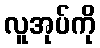
လူအုပ်ကို